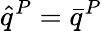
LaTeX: \hat{q}^{P}=\bar{q}^{P}